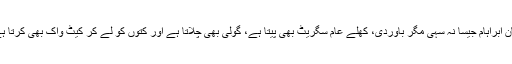
جان ابراہام جیسا نہ سہی مگر باوردی، کھلے عام سگریٹ بھی پیتا ہے، گولی بھی چلاتا ہے اور کتوں کو لے کر کیٹ واک بھی کرتا ہے۔